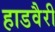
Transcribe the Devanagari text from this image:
हाडवैरी